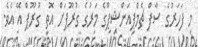
މި ފަހަރުގެ ސާފް ޗެމްޕިއަންޝިޕްގެ މަރުގެ ގުރޫޕަށް އޮތީ ގުރޫޕް އޭ އެވެ.